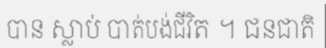
បាន ស្លាប់ បាត់បង់ជីវិត ។ ជនជាតិ